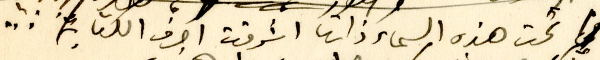
تحت هذه السماء ذاتها اشرقت احرف الكتابة...